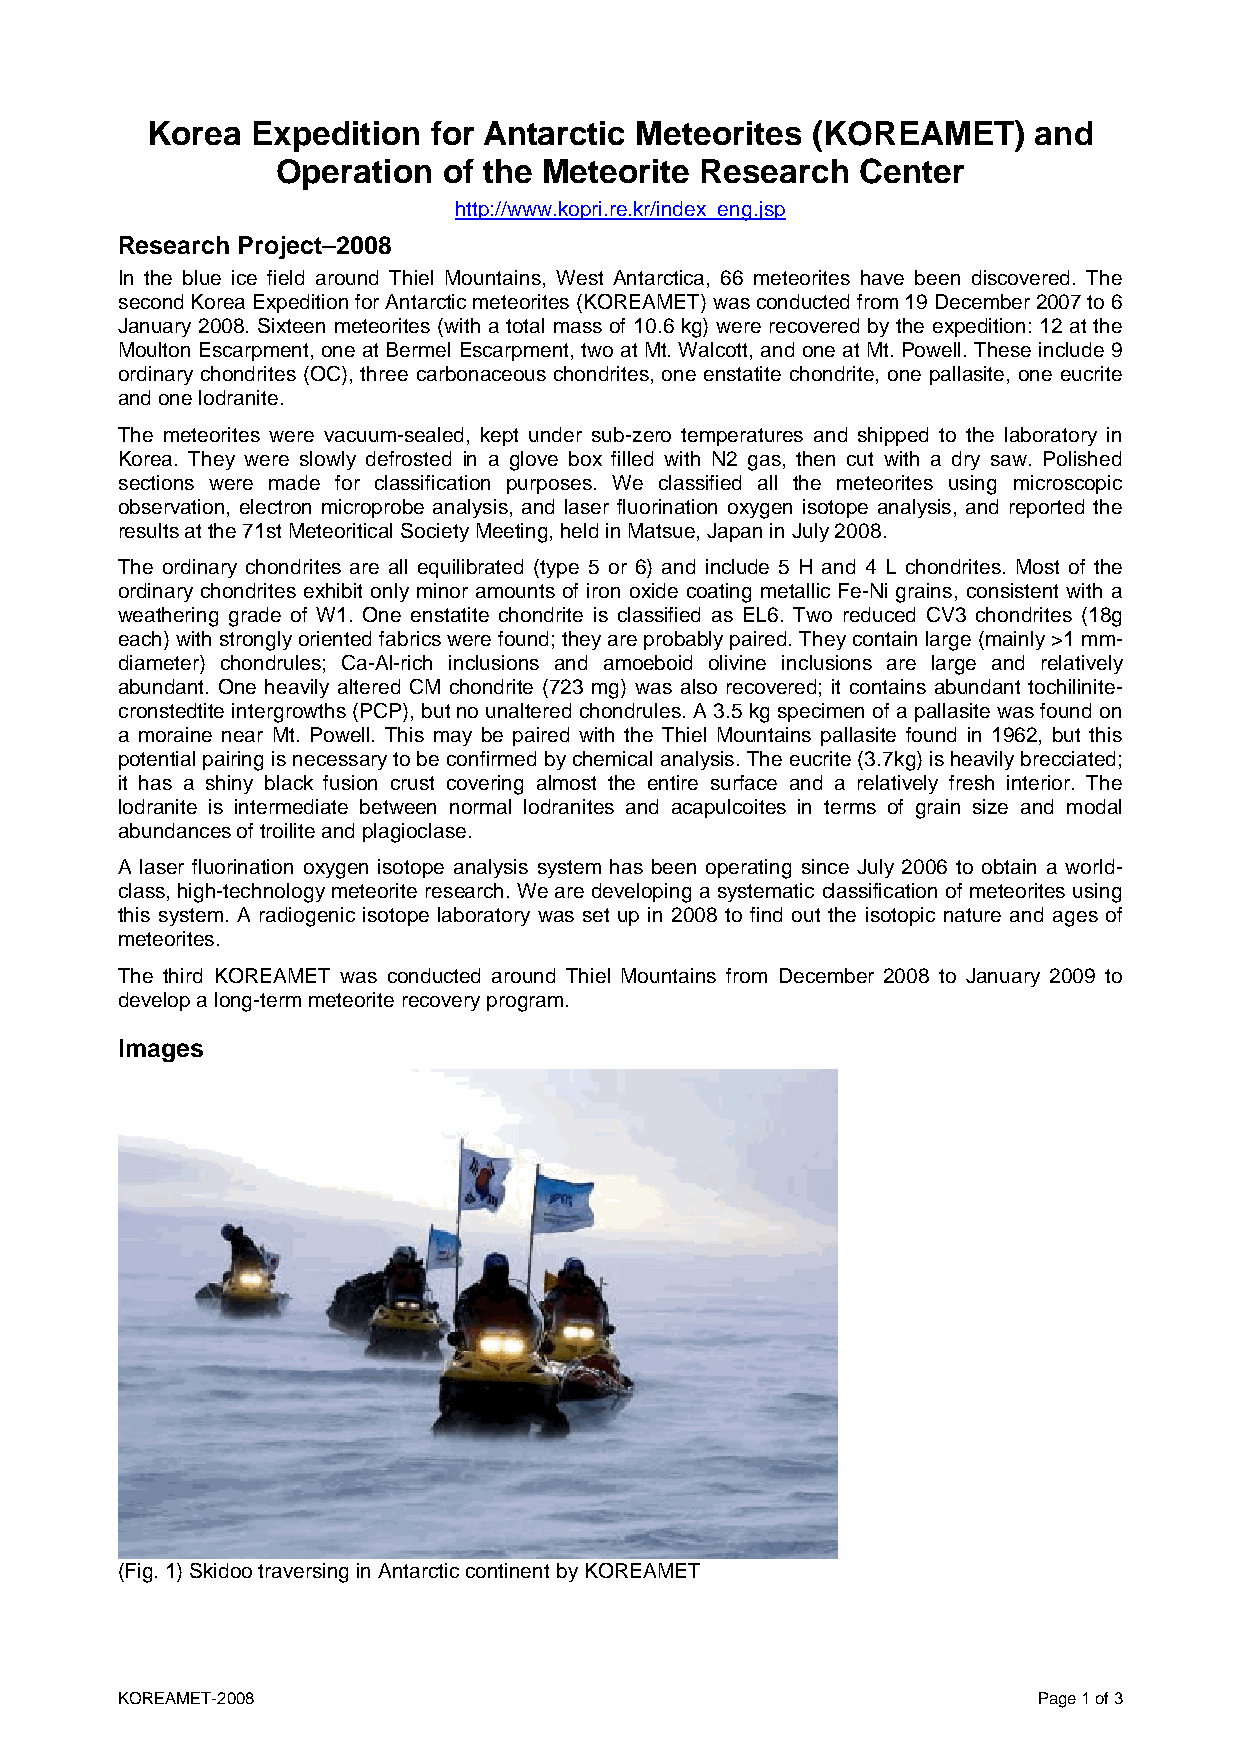
Korea  Expedition  for Antarctic Meteorites (KOREAMET)    and
 Operation  of the Meteorite Research   Center
 http://www.kopri.re.kr/index_eng.jsp
 Research Project–2008
 In the blue ice field around Thiel Mountains, West Antarctica, 66 meteorites have been discovered. The
 second Korea Expedition for Antarctic meteorites (KOREAMET) was conducted from 19 December 2007 to 6
 January 2008. Sixteen meteorites (with a total mass of 10.6 kg) were recovered by the expedition: 12 at the
 Moulton Escarpment, one at Bermel Escarpment, two at Mt. Walcott, and one at Mt. Powell. These include 9
 ordinary chondrites (OC), three carbonaceous chondrites, one enstatite chondrite, one pallasite, one eucrite
 and one lodranite.
 The meteorites were vacuum-sealed, kept under sub-zero temperatures and shipped to the laboratory in
 Korea. They were slowly defrosted in a glove box filled with N2 gas, then cut with a dry saw. Polished
 sections were made for classification purposes. We classified all the meteorites using microscopic
 observation, electron microprobe analysis, and laser fluorination oxygen isotope analysis, and reported the
 results at the 71st Meteoritical Society Meeting, held in Matsue, Japan in July 2008.
 The ordinary chondrites are all equilibrated (type 5 or 6) and include 5 H and 4 L chondrites. Most of the
 ordinary chondrites exhibit only minor amounts of iron oxide coating metallic Fe-Ni grains, consistent with a
 weathering grade of W1. One enstatite chondrite is classified as EL6. Two reduced CV3 chondrites (18g
 each) with strongly oriented fabrics were found; they are probably paired. They contain large (mainly >1 mm-
 diameter) chondrules; Ca-Al-rich inclusions and amoeboid olivine inclusions are large and relatively
 abundant. One heavily altered CM chondrite (723 mg) was also recovered; it contains abundant tochilinite-
 cronstedtite intergrowths (PCP), but no unaltered chondrules. A 3.5 kg specimen of a pallasite was found on
 a moraine near Mt. Powell. This may be paired with the Thiel Mountains pallasite found in 1962, but this
 potential pairing is necessary to be confirmed by chemical analysis. The eucrite (3.7kg) is heavily brecciated;
 it has a shiny black fusion crust covering almost the entire surface and a relatively fresh interior. The
 lodranite is intermediate between normal lodranites and acapulcoites in terms of grain size and modal
 abundances of troilite and plagioclase.
 A laser fluorination oxygen isotope analysis system has been operating since July 2006 to obtain a world-
 class, high-technology meteorite research. We are developing a systematic classification of meteorites using
 this system. A radiogenic isotope laboratory was set up in 2008 to find out the isotopic nature and ages of
 meteorites.
 The third KOREAMET was conducted around Thiel Mountains from December 2008 to January 2009 to
 develop a long-term meteorite recovery program.
 Images
 (Fig. 1) Skidoo traversing in Antarctic continent by KOREAMET
 KOREAMET-2008                                                Page 1 of 3